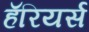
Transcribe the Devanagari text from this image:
हॅरियर्स